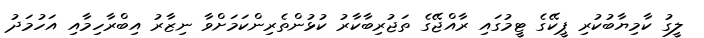
ލީގު ކާމިޔާބުކުރި ޕީކޭގެ ޓީމުގައި ރާއްޖޭގެ ތަޖުރިބާކާރު ކުޅުންތެރިންކަމަށްވާ ނިޒާރު އިބްރާހިމާއި އަހުމަދު